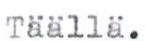
Täällä.